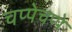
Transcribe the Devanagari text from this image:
चप्पेचप्पे